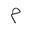
Letter: _mim